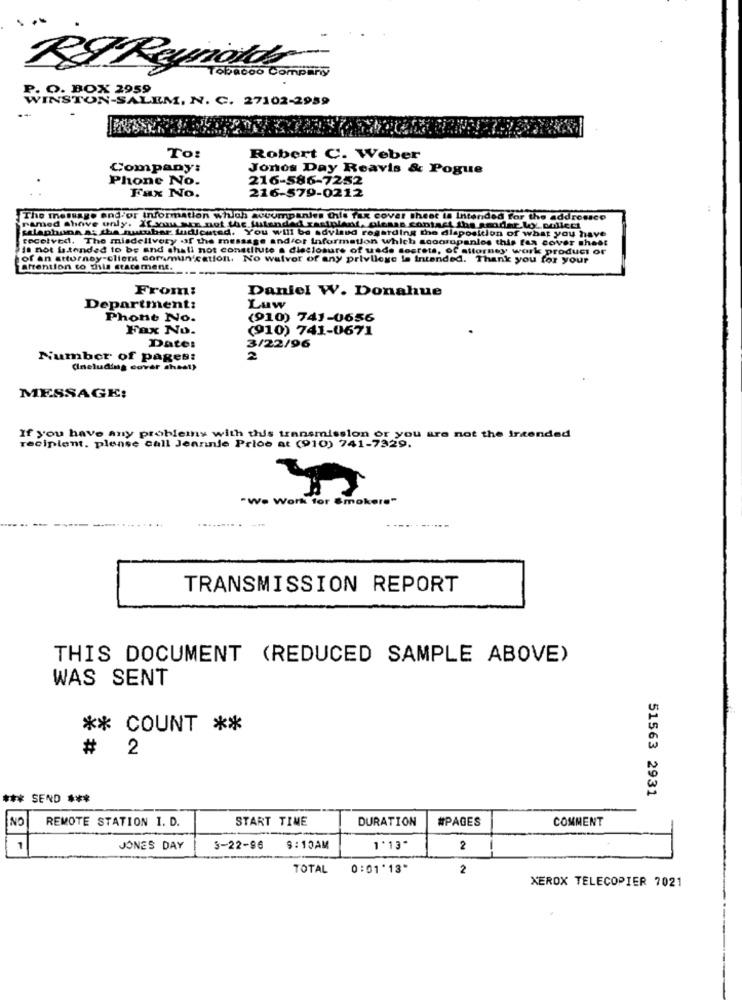
RS Reynolds
Tobacco Company
P. O. BOX 2959
WINSTON-SALEM, N. C. 27102-2959
To:
Robert C. Weber
Company:
Jones Day Reavis & Pogue
Phone No.
216-586-7252
216-579-0212
Fax No.
The message and/or information which aocompanies this fax cover theet ta intended for the addressce
salaphung a: sha nutubar. Ludicated. You will be advised regarding the dlaposition of what you have
ramed shove only. If you sen not the lutendad rastplant, please contact the sender.Lo' collect
received. The misdelivery of the message andfor Information which scoorupanlos this tex cover sheet
Is not intended to be and shall not constitute a dleclosure of usde sesrets, of attorney work product or
of an attorney-client communication. No walvor of any privilege le intended. Thank you for your
attention to this statement.
From:
Daniel W. Donahue
Department:
Luw
Phone No.
(910) 741-0656
Fax No.
(910) 741-0671
Date:
3/22/96
Number of pages:
2
(Including cover chast)
MESSAGE:
If you have any problems with this transmission or you are not the intended
recipient, please call Jeannie Price at (910) 741-7329.
"We Work for Smokers"
.....
TRANSMISSION REPORT
THIS DOCUMENT (REDUCED SAMPLE ABOVE)
WAS SENT
** COUNT **
# 2
51563 2931
*** SEND ***
NO
REMOTE STATION I. D.
START TIME
DURATION
#PAGES
COMMENT
1
JONES DAY
3-22-96
9:10AM
1'13*
2
TOTAL
0:01'13"
2
XEROX TELECOPIER 7021